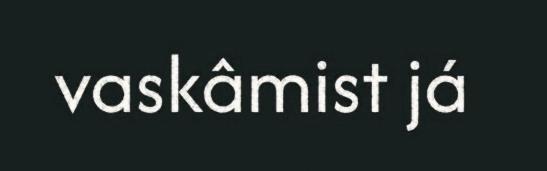
vaskâmist já